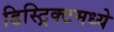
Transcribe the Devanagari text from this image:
डिस्ट्रिक्टमध्ये